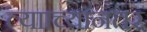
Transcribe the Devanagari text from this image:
त्यााच्यानंतर